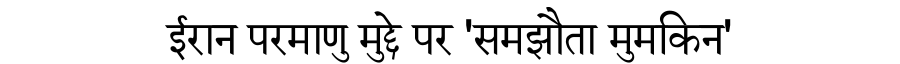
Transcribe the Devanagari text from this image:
ईरान परमाणु मुद्दे पर 'समझौता मुमकिन'